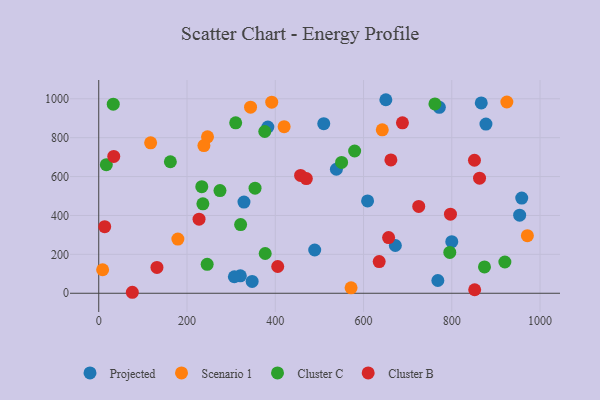
{"axis": {"x": "Study Hours", "y": "Sales"}, "legend": ["Cluster B", "Cluster C", "Projected", "Scenario 1"], "data": [{"x": "800.0", "y": 265.2, "type": "Projected"}, {"x": "489.4", "y": 222.5, "type": "Projected"}, {"x": "877.4", "y": 870.0, "type": "Projected"}, {"x": "329.1", "y": 469.0, "type": "Projected"}, {"x": "609.2", "y": 474.5, "type": "Projected"}, {"x": "768.4", "y": 65.5, "type": "Projected"}, {"x": "866.8", "y": 978.6, "type": "Projected"}, {"x": "953.8", "y": 401.3, "type": "Projected"}, {"x": "320.9", "y": 89.5, "type": "Projected"}, {"x": "771.8", "y": 956.0, "type": "Projected"}, {"x": "509.9", "y": 871.8, "type": "Projected"}, {"x": "307.3", "y": 84.9, "type": "Projected"}, {"x": "672.1", "y": 245.5, "type": "Projected"}, {"x": "538.5", "y": 637.5, "type": "Projected"}, {"x": "347.6", "y": 60.9, "type": "Projected"}, {"x": "383.2", "y": 854.9, "type": "Projected"}, {"x": "958.5", "y": 489.3, "type": "Projected"}, {"x": "650.6", "y": 995.1, "type": "Projected"}, {"x": "117.6", "y": 773.5, "type": "Scenario 1"}, {"x": "971.3", "y": 295.8, "type": "Scenario 1"}, {"x": "246.5", "y": 804.5, "type": "Scenario 1"}, {"x": "642.5", "y": 840.5, "type": "Scenario 1"}, {"x": "344.0", "y": 956.7, "type": "Scenario 1"}, {"x": "420.1", "y": 856.7, "type": "Scenario 1"}, {"x": "571.8", "y": 27.9, "type": "Scenario 1"}, {"x": "8.8", "y": 120.8, "type": "Scenario 1"}, {"x": "238.3", "y": 759.1, "type": "Scenario 1"}, {"x": "392.0", "y": 982.5, "type": "Scenario 1"}, {"x": "924.8", "y": 983.3, "type": "Scenario 1"}, {"x": "179.3", "y": 278.7, "type": "Scenario 1"}, {"x": "236.0", "y": 459.6, "type": "Cluster C"}, {"x": "579.9", "y": 731.4, "type": "Cluster C"}, {"x": "245.7", "y": 148.5, "type": "Cluster C"}, {"x": "550.3", "y": 672.5, "type": "Cluster C"}, {"x": "376.2", "y": 831.8, "type": "Cluster C"}, {"x": "321.5", "y": 353.3, "type": "Cluster C"}, {"x": "874.1", "y": 135.5, "type": "Cluster C"}, {"x": "354.2", "y": 540.4, "type": "Cluster C"}, {"x": "274.7", "y": 528.1, "type": "Cluster C"}, {"x": "162.3", "y": 676.1, "type": "Cluster C"}, {"x": "377.2", "y": 204.5, "type": "Cluster C"}, {"x": "920.3", "y": 160.6, "type": "Cluster C"}, {"x": "17.2", "y": 661.3, "type": "Cluster C"}, {"x": "795.5", "y": 209.7, "type": "Cluster C"}, {"x": "32.9", "y": 972.3, "type": "Cluster C"}, {"x": "233.5", "y": 548.1, "type": "Cluster C"}, {"x": "761.8", "y": 973.5, "type": "Cluster C"}, {"x": "310.3", "y": 876.4, "type": "Cluster C"}, {"x": "131.9", "y": 133.0, "type": "Cluster B"}, {"x": "405.6", "y": 137.6, "type": "Cluster B"}, {"x": "797.0", "y": 406.7, "type": "Cluster B"}, {"x": "76.1", "y": 5.0, "type": "Cluster B"}, {"x": "457.4", "y": 605.8, "type": "Cluster B"}, {"x": "725.1", "y": 446.4, "type": "Cluster B"}, {"x": "34.0", "y": 703.4, "type": "Cluster B"}, {"x": "656.8", "y": 286.3, "type": "Cluster B"}, {"x": "227.3", "y": 381.0, "type": "Cluster B"}, {"x": "470.4", "y": 589.7, "type": "Cluster B"}, {"x": "635.5", "y": 162.8, "type": "Cluster B"}, {"x": "862.9", "y": 591.6, "type": "Cluster B"}, {"x": "688.2", "y": 876.5, "type": "Cluster B"}, {"x": "13.5", "y": 342.2, "type": "Cluster B"}, {"x": "851.9", "y": 18.1, "type": "Cluster B"}, {"x": "851.4", "y": 684.0, "type": "Cluster B"}, {"x": "662.0", "y": 685.4, "type": "Cluster B"}]}